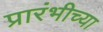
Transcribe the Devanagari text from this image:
प्रारंभीच्‍या